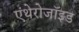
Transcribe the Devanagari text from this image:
एंथेरोजॉइड